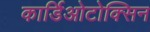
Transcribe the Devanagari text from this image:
कार्डिओटोक्सिन